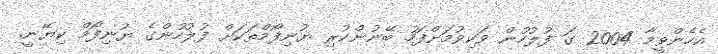
އެހެންވީމާ 2004 ގަ ފުލުހުން ވަކިވުމަށްފަހު ބޭނުންކުރި ޔުނިފޯމްތަކަށް ފުލުހުންގެ ޔުނިފޯމް ކިޔޭނީ.